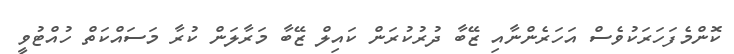
ކޮންމެފަހަރަކުވެސް އަހަރެންނާއި ޒޭބާ ދުރުކުރަން ކައިލް ޒޭބާ މަރާލަން ކުރާ މަސައްކަތް ހުއްޓުވީ